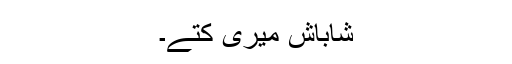
شاباش میری کتے۔